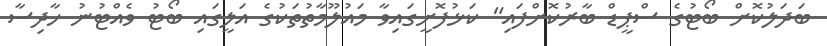
ބަދަލުކޮށް ބޯޓުގެ ސްޕީޑް ބާރުކޮށްފައި" ކަޅުފޮށީގައިވާ މައުލޫމާތުތަކުގެ އަލީގައި ބޯޓު ވެއްޓުނު ހާދިސާ